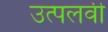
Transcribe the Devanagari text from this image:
उत्पलवी